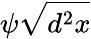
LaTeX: \psi\sqrt{d^{2}x}